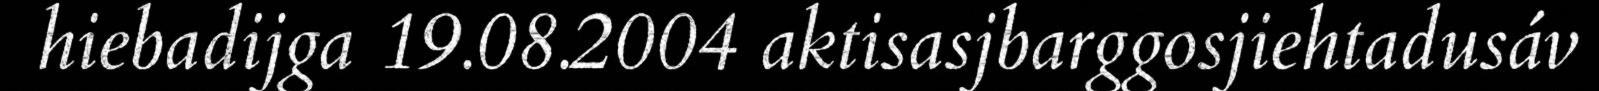
hiebadijga 19.08.2004 aktisasjbarggosjiehtadusáv